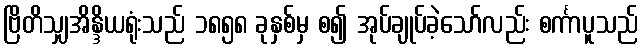
ဗြိတိသျှအိန္ဒိယရုံးသည် ၁၈၅၈ ခုနှစ်မှ စ၍ အုပ်ချုပ်ခဲ့သော်လည်း စင်္ကာပူသည်